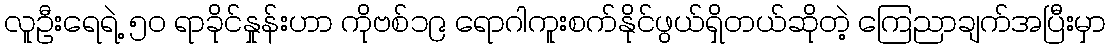
လူဦးရေရဲ့ ၅၀ ရာခိုင်နှုန်းဟာ ကိုဗစ်၁၉ ရောဂါကူးစက်နိုင်ဖွယ်ရှိတယ်ဆိုတဲ့ ကြေညာချက်အပြီးမှာ